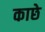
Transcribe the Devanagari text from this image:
काछे